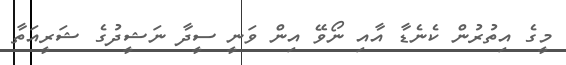
މީގެ އިތުރުން ކެނެޑާ އާއި ނޯވޭ އިން ވަނީ ސީދާ ނަޝީދުގެ ޝަރީއަތާ